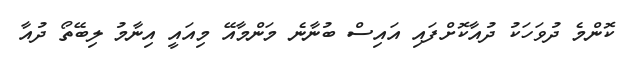
ކޮންމެ ދުވަހަކު ދުއާކޮށްފައި އައިސް ބުނާނެ މަންމާއޭ މިއައީ އިނާމު ލިބޭތޯ ދުއާ